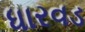
ધારવડ